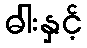
ဓါးနှင့်